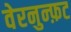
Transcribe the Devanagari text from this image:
वेरनुन्फ़ट